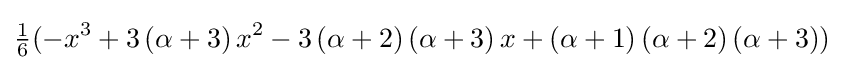
{\tfrac {1}{6}}(-x^{3}+3\left(\alpha +3\right)x^{2}-3\left(\alpha +2\right)\left(\alpha +3\right)x+\left(\alpha +1\right)\left(\alpha +2\right)\left(\alpha +3\right))